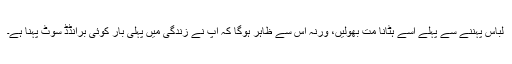
لباس پہننے سے پہلے اسے ہٹانا مت بھولیں، ورنہ اس سے ظاہر ہوگا کہ آپ نے زندگی میں پہلی بار کوئی برانڈڈ سوٹ پہنا ہے۔